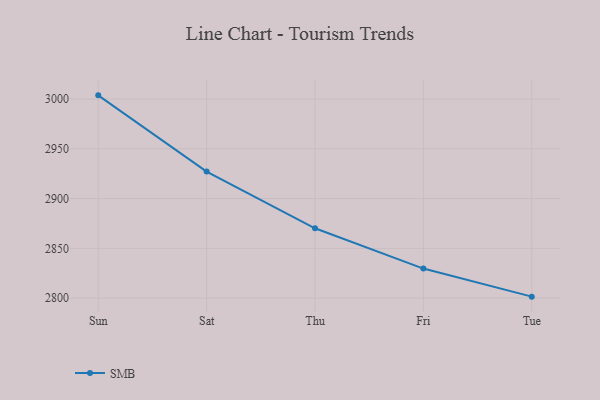
{"axis": {"x": "Day", "y": "Inventory Turnover"}, "legend": ["SMB"], "data": [{"x": "Sun", "y": 3003.8, "type": "SMB"}, {"x": "Sat", "y": 2927.2, "type": "SMB"}, {"x": "Thu", "y": 2870.2, "type": "SMB"}, {"x": "Fri", "y": 2829.7, "type": "SMB"}, {"x": "Tue", "y": 2801.5, "type": "SMB"}]}